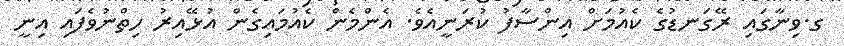
ގ.ވިނާގައި ރޭގަނޑުގެ ކެއުމަށް އިންސާފު ކުރަނީއެވެ. އެންމެން ކެއުމައިގެން އުޅޭއިރު ހިތްނުވެފައި އިނީ